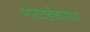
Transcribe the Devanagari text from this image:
भाटवडेकरांचा